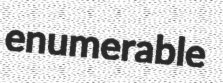
enumerable